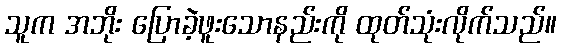
သူက အဘိုး ပြောခဲ့ဖူးသောနည်းကို ထုတ်သုံးလိုက်သည်။